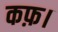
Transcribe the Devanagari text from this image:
कफ़।